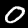
Label: 0